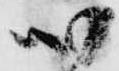
心